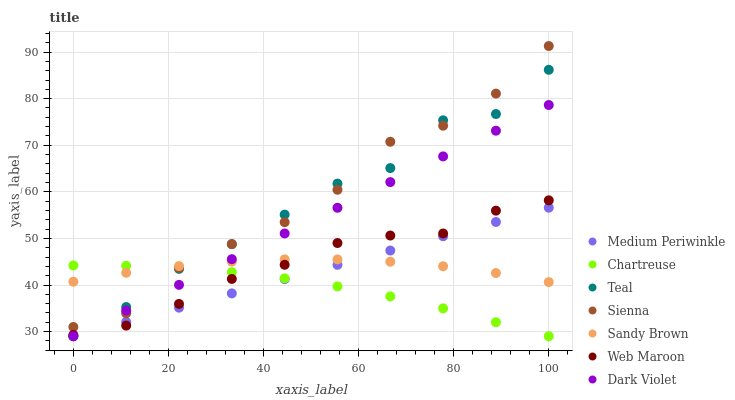
| xaxis_label | Medium Periwinkle | Chartreuse | Teal | Sienna | Sandy Brown | Web Maroon | Dark Violet |
 | --- | --- | --- | --- | --- | --- | --- | --- |
 | 0 | 29 | 44.2 | 29 | 31 | 40.7 | 29.3 | 29 |
 | 11.1 | 32.1 | 44.1 | 35.3 | 33.9 | 42.6 | 31.3 | 34.5 |
 | 22.2 | 35.1 | 43.6 | 43.5 | 43.7 | 44.1 | 35.9 | 40 |
 | 33.3 | 38.2 | 42.7 | 48.8 | 48.8 | 45 | 41.3 | 45.5 |
 | 44.4 | 41.3 | 41.4 | 55.1 | 53.5 | 45.5 | 44.3 | 51.1 |
 | 55.6 | 44.3 | 39.7 | 61.8 | 60.4 | 45.5 | 49 | 56.6 |
 | 66.7 | 47.4 | 37.6 | 65.1 | 70.7 | 45 | 50.6 | 62.1 |
 | 77.8 | 50.5 | 35 | 75.4 | 74.2 | 44 | 51.1 | 67.6 |
 | 88.9 | 53.5 | 32 | 76.7 | 81.1 | 42.6 | 56 | 73.1 |
 | 100 | 56.6 | 29 | 86.2 | 91.3 | 40.6 | 58.2 | 78.6 |